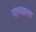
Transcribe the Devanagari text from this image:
पाथ्याला